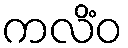
ကလိံဝ